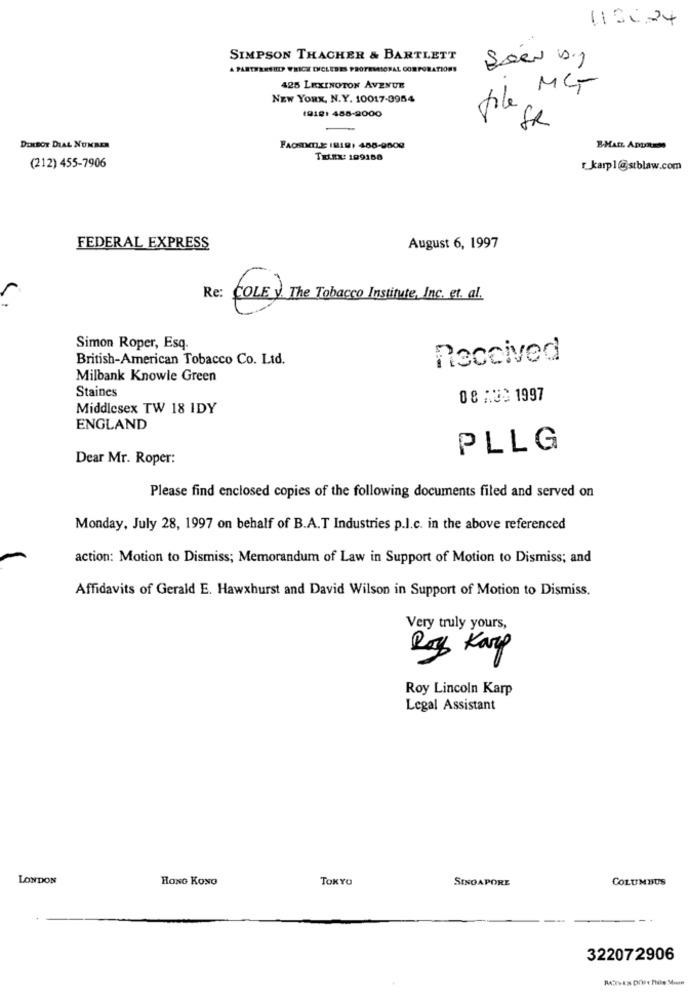
1130.24
SIMPSON THACHER & BARTLETT
A PARTERNSHIP WHICH INCLUDES PROFESIONAL CORPORATIONS
425 LEXINGTON AVENUE
File MG
NEW YORK, N.Y. 10017-0954
1918) 458-2000
SR
DELBOY DIAL NUMBER
FACSIMILE 1818: 488-9000
B-MAIL ADDRESS
TELEx: 199188
(212) 455-7906
_karp1@stblaw.com
FEDERAL EXPRESS
August 6, 1997
Re: COLE y. The Tobacco Institute, Inc. et. al.
Simon Roper, Esq.
British-American Tobacco Co. Ltd.
Received
Milbank Knowle Green
Staines
08 AUG 1997
Middlesex TW 18 IDY
ENGLAND
PLLG
Dear Mr. Roper:
Please find enclosed copies of the following documents filed and served on
Monday, July 28, 1997 on behalf of B.A.T Industries p.I.c. in the above referenced
action: Motion to Dismiss; Memorandum of Law in Support of Motion to Dismiss; and
Affidavits of Gerald E. Hawxhurst and David Wilson in Support of Motion to Dismiss.
Very truly yours,
Ryg Karp
Roy Lincoln Karp
Legal Assistant
LONDON
HONG KONG
TOKYO
SINGAPORE
COLUMBUS
322072906